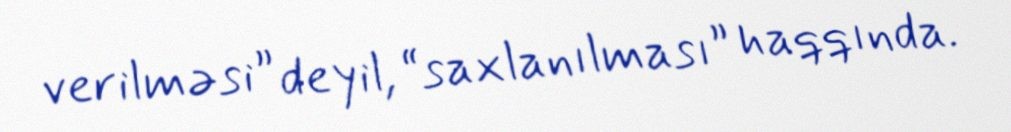
verilməsi” deyil, “saxlanılması” haqqında.